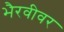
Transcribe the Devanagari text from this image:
भैरवीवर